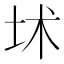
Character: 𡊍